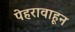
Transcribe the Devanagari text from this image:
पेहरावाहून